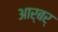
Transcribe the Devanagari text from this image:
आर्बर्